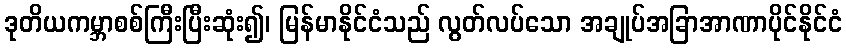
ဒုတိယကမ္ဘာစစ်ကြီးပြီးဆုံး၍၊ မြန်မာနိုင်ငံသည် လွတ်လပ်သော အချုပ်အခြာအာဏာပိုင်နိုင်ငံ